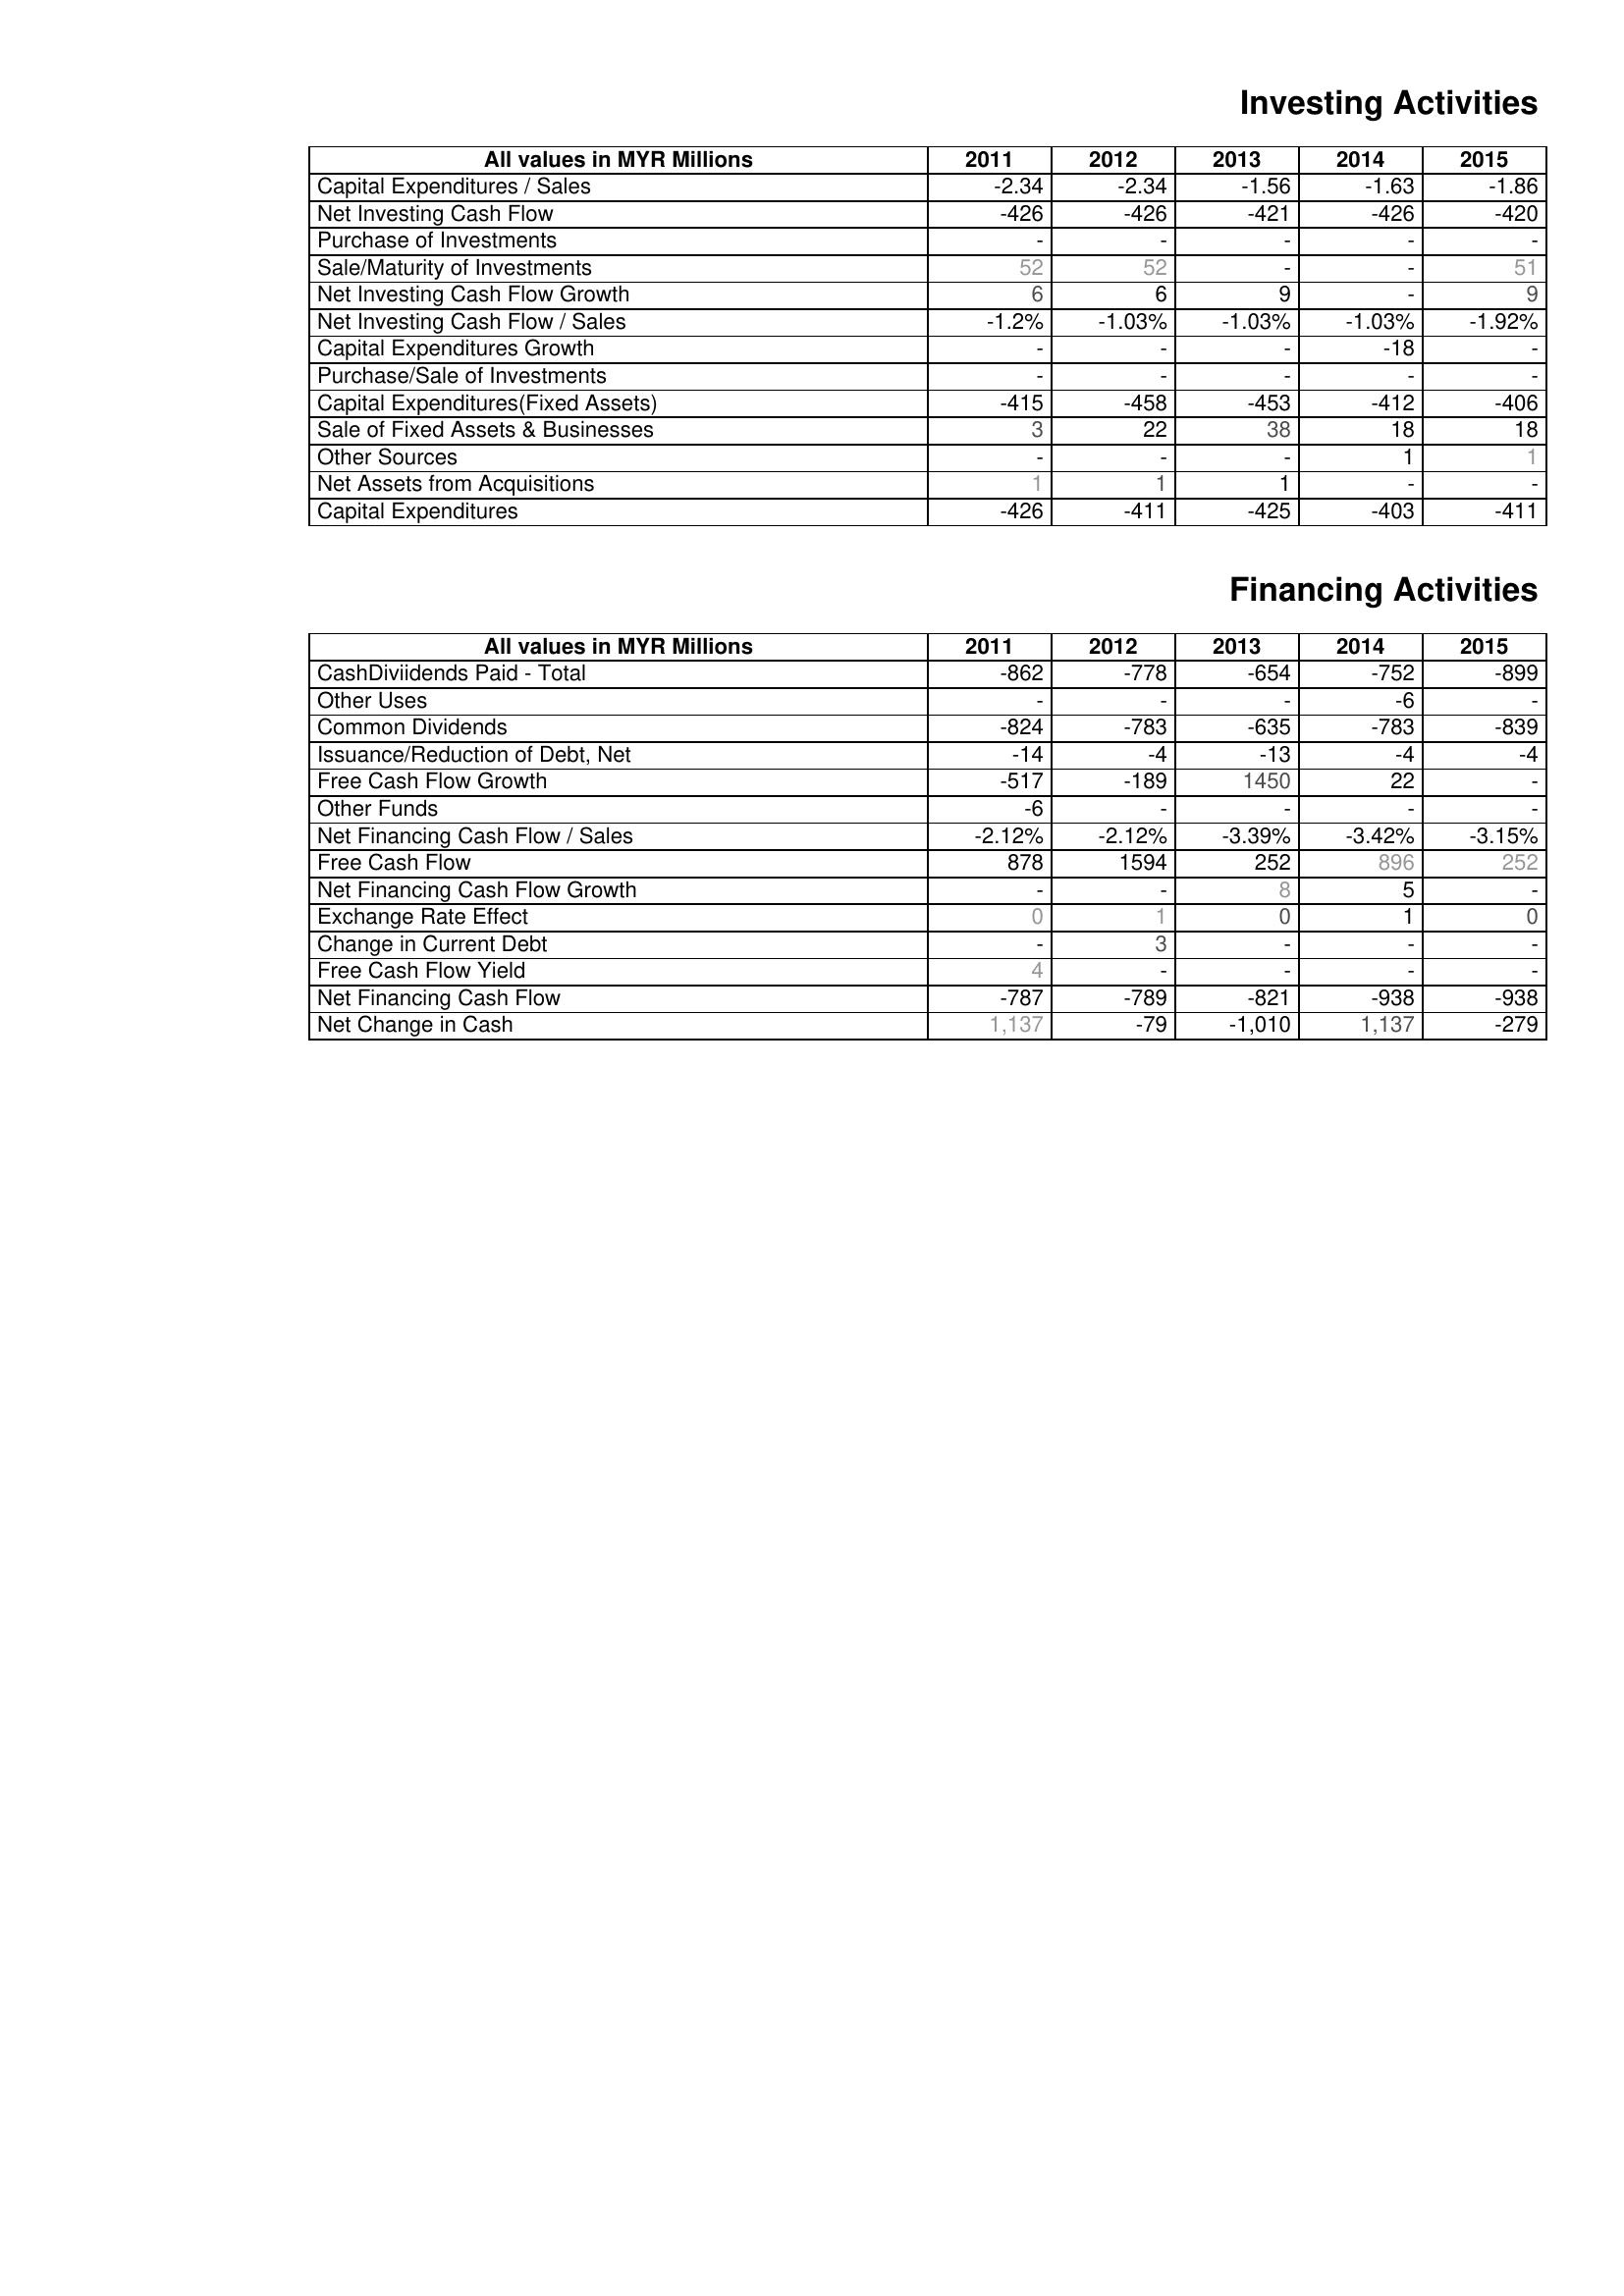
2011: Investing Activities: Capital Expenditures / Sales: -2.34
Net Investing Cash Flow: -426
Purchase of Investments: -
Sale/Maturity of Investments: 52
Net Investing Cash Flow Growth: 6
Net Investing Cash Flow / Sales: -1.2%
Capital Expenditures Growth: -
Purchase/Sale of Investments: -
Capital Expenditures(Fixed Assets): -415
Sale of Fixed Assets & Businesses: 3
Other Sources: -
Net Assets from Acquisitions: 1
Capital Expenditures: -426
Financing Activities: CashDiviidends Paid - Total: -862
Other Uses: -
Common Dividends: -824
Issuance/Reduction of Debt, Net: -14
Free Cash Flow Growth: -517
Other Funds: -6
Net Financing Cash Flow / Sales: -2.12%
Free Cash Flow: 878
Net Financing Cash Flow Growth: -
Exchange Rate Effect: 0
Change in Current Debt: -
Free Cash Flow Yield: 4
Net Financing Cash Flow: -787
Net Change in Cash: 1,137
2012: Investing Activities: Capital Expenditures / Sales: -2.34
Net Investing Cash Flow: -426
Purchase of Investments: -
Sale/Maturity of Investments: 52
Net Investing Cash Flow Growth: 6
Net Investing Cash Flow / Sales: -1.03%
Capital Expenditures Growth: -
Purchase/Sale of Investments: -
Capital Expenditures(Fixed Assets): -458
Sale of Fixed Assets & Businesses: 22
Other Sources: -
Net Assets from Acquisitions: 1
Capital Expenditures: -411
Financing Activities: CashDiviidends Paid - Total: -778
Other Uses: -
Common Dividends: -783
Issuance/Reduction of Debt, Net: -4
Free Cash Flow Growth: -189
Other Funds: -
Net Financing Cash Flow / Sales: -2.12%
Free Cash Flow: 1594
Net Financing Cash Flow Growth: -
Exchange Rate Effect: 1
Change in Current Debt: 3
Free Cash Flow Yield: -
Net Financing Cash Flow: -789
Net Change in Cash: -79
2013: Investing Activities: Capital Expenditures / Sales: -1.56
Net Investing Cash Flow: -421
Purchase of Investments: -
Sale/Maturity of Investments: -
Net Investing Cash Flow Growth: 9
Net Investing Cash Flow / Sales: -1.03%
Capital Expenditures Growth: -
Purchase/Sale of Investments: -
Capital Expenditures(Fixed Assets): -453
Sale of Fixed Assets & Businesses: 38
Other Sources: -
Net Assets from Acquisitions: 1
Capital Expenditures: -425
Financing Activities: CashDiviidends Paid - Total: -654
Other Uses: -
Common Dividends: -635
Issuance/Reduction of Debt, Net: -13
Free Cash Flow Growth: 1450
Other Funds: -
Net Financing Cash Flow / Sales: -3.39%
Free Cash Flow: 252
Net Financing Cash Flow Growth: 8
Exchange Rate Effect: 0
Change in Current Debt: -
Free Cash Flow Yield: -
Net Financing Cash Flow: -821
Net Change in Cash: -1,010
2014: Investing Activities: Capital Expenditures / Sales: -1.63
Net Investing Cash Flow: -426
Purchase of Investments: -
Sale/Maturity of Investments: -
Net Investing Cash Flow Growth: -
Net Investing Cash Flow / Sales: -1.03%
Capital Expenditures Growth: -18
Purchase/Sale of Investments: -
Capital Expenditures(Fixed Assets): -412
Sale of Fixed Assets & Businesses: 18
Other Sources: 1
Net Assets from Acquisitions: -
Capital Expenditures: -403
Financing Activities: CashDiviidends Paid - Total: -752
Other Uses: -6
Common Dividends: -783
Issuance/Reduction of Debt, Net: -4
Free Cash Flow Growth: 22
Other Funds: -
Net Financing Cash Flow / Sales: -3.42%
Free Cash Flow: 896
Net Financing Cash Flow Growth: 5
Exchange Rate Effect: 1
Change in Current Debt: -
Free Cash Flow Yield: -
Net Financing Cash Flow: -938
Net Change in Cash: 1,137
2015: Investing Activities: Capital Expenditures / Sales: -1.86
Net Investing Cash Flow: -420
Purchase of Investments: -
Sale/Maturity of Investments: 51
Net Investing Cash Flow Growth: 9
Net Investing Cash Flow / Sales: -1.92%
Capital Expenditures Growth: -
Purchase/Sale of Investments: -
Capital Expenditures(Fixed Assets): -406
Sale of Fixed Assets & Businesses: 18
Other Sources: 1
Net Assets from Acquisitions: -
Capital Expenditures: -411
Financing Activities: CashDiviidends Paid - Total: -899
Other Uses: -
Common Dividends: -839
Issuance/Reduction of Debt, Net: -4
Free Cash Flow Growth: -
Other Funds: -
Net Financing Cash Flow / Sales: -3.15%
Free Cash Flow: 252
Net Financing Cash Flow Growth: -
Exchange Rate Effect: 0
Change in Current Debt: -
Free Cash Flow Yield: -
Net Financing Cash Flow: -938
Net Change in Cash: -279